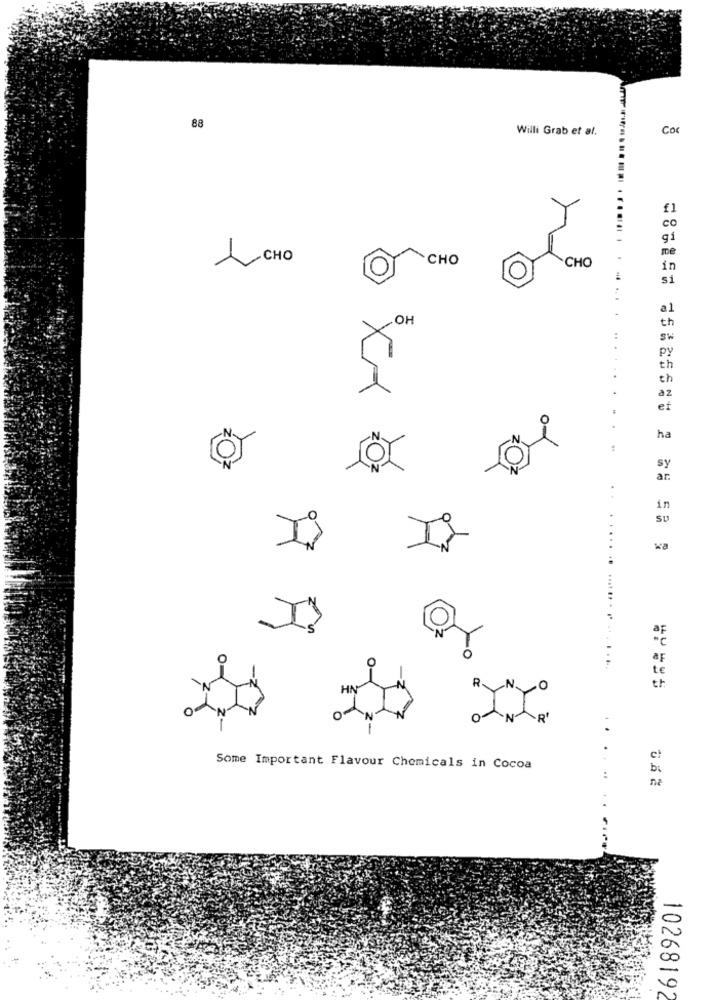
88
Willi Grab et al.
Coc
CHO
CHO
CHO
O
.OH
th
SW
py
th
th
az
et
0
ha
sy
ar.
in
SU
wa
t€
R
.N.
HN
th
.R'
2-
cl
Some Important Flavour Chemicals in Cocoa
b:
na
10268192